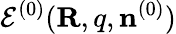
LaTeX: {\cal E}^{(0)}({\mathbf R,q},{\mathbf n}^{(0)})